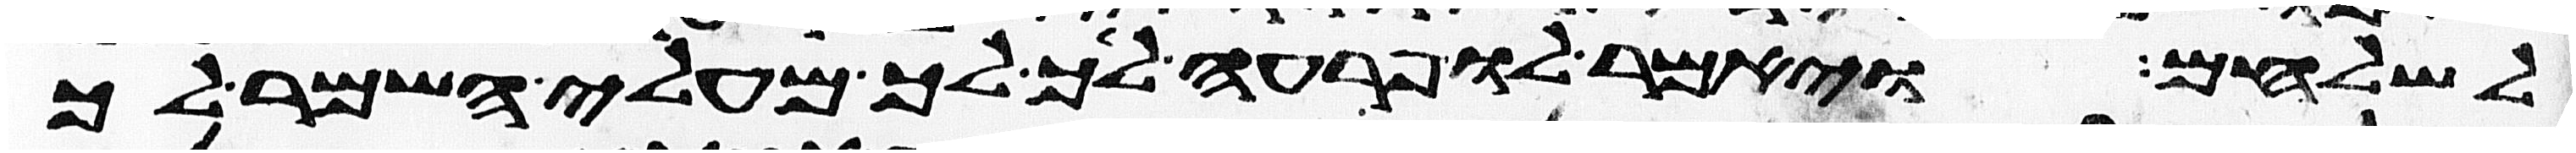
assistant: לשלחם ויאמר לו פרעה לך לך מעלי השמר לך